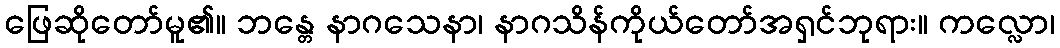
ဖြေဆိုတော်မူ၏။ ဘန္တေ နာဂသေနာ၊ နာဂသိန်ကိုယ်တော်အရှင်ဘုရား။ ကလ္လော၊